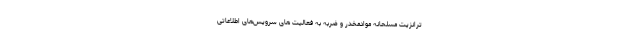
ترانزیت مسلحانه موادمخدر و ضربه به فعالیت های سرویس‌های اطلاعاتی